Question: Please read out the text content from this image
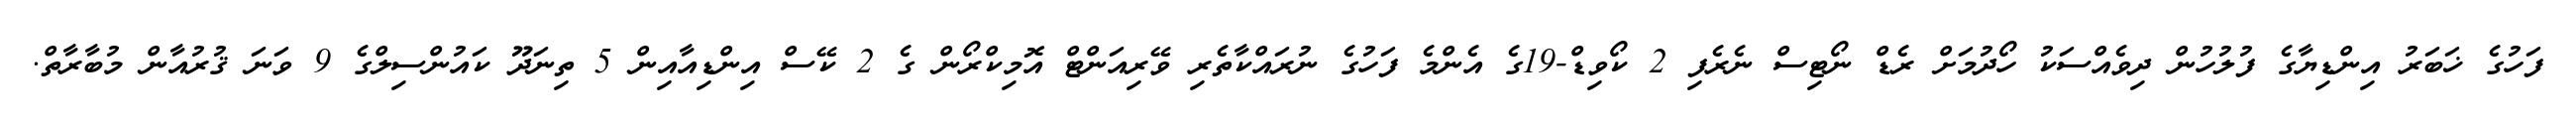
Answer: ފަހުގެ ޚަބަރު އިންޑިޔާގެ ފުލުހުން ދިވެއްސަކު ހޯދުމަށް ރެޑް ނޯޓިސް ނެރެފި 2 ކޯވިޑް-19ގެ އެންމެ ފަހުގެ ނުރައްކާތެރި ވޭރިއަންޓް އޮމިކްރޯން ގެ 2 ކޭސް އިންޑިއާއިން 5 ތިނަދޫ ކައުންސިލްގެ 9 ވަނަ ޤުރުއާން މުބާރާތް.